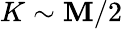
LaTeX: K\sim\mathbf{M}/2